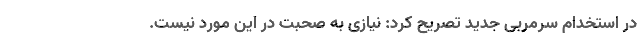
در استخدام سرمربی جدید تصریح کرد: نیازی به صحبت در این مورد نیست.